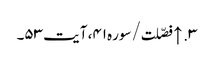
۳. ↑ فصّلت/سوره۴۱، آیت ۵۳۔